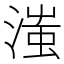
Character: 滍